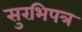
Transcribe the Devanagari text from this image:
सुरभिपत्र